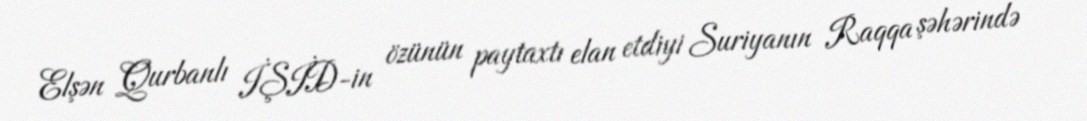
Elşən Qurbanlı İŞİD-in özünün paytaxtı elan etdiyi Suriyanın Raqqa şəhərində